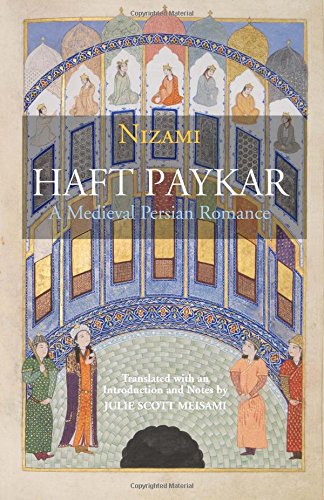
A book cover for Haft Paykar: A Medieval Persian Romance; Nizami; Romance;